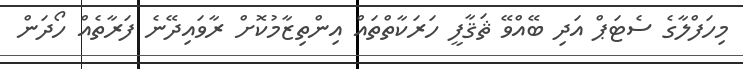
މިހަފްލާގެ ސެޓަޕް އަދި ބޭއްވޭ ޘަޤާފީ ހަރަކާތްތައް އިންތިޒާމުކޮށް ރާވައިދޭނެ ފަރާތެއް ހޯދަން